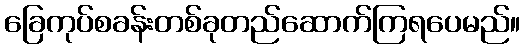
ခြေကုပ်စခန်းတစ်ခုတည်ဆောက်ကြရပေမည်။